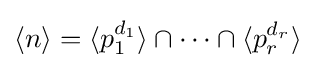
\langle n\rangle =\langle p_{1}^{d_{1}}\rangle \cap \cdots \cap \langle p_{r}^{d_{r}}\rangle